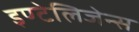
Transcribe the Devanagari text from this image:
इण्टेलिजेन्स